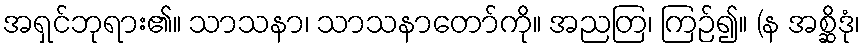
အရှင်ဘုရား၏။ သာသနာ၊ သာသနာတော်ကို။ အညတြ၊ ကြဉ်၍။ (န အစ္ဆိဒုံ၊